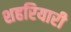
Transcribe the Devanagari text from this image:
शहरियारी